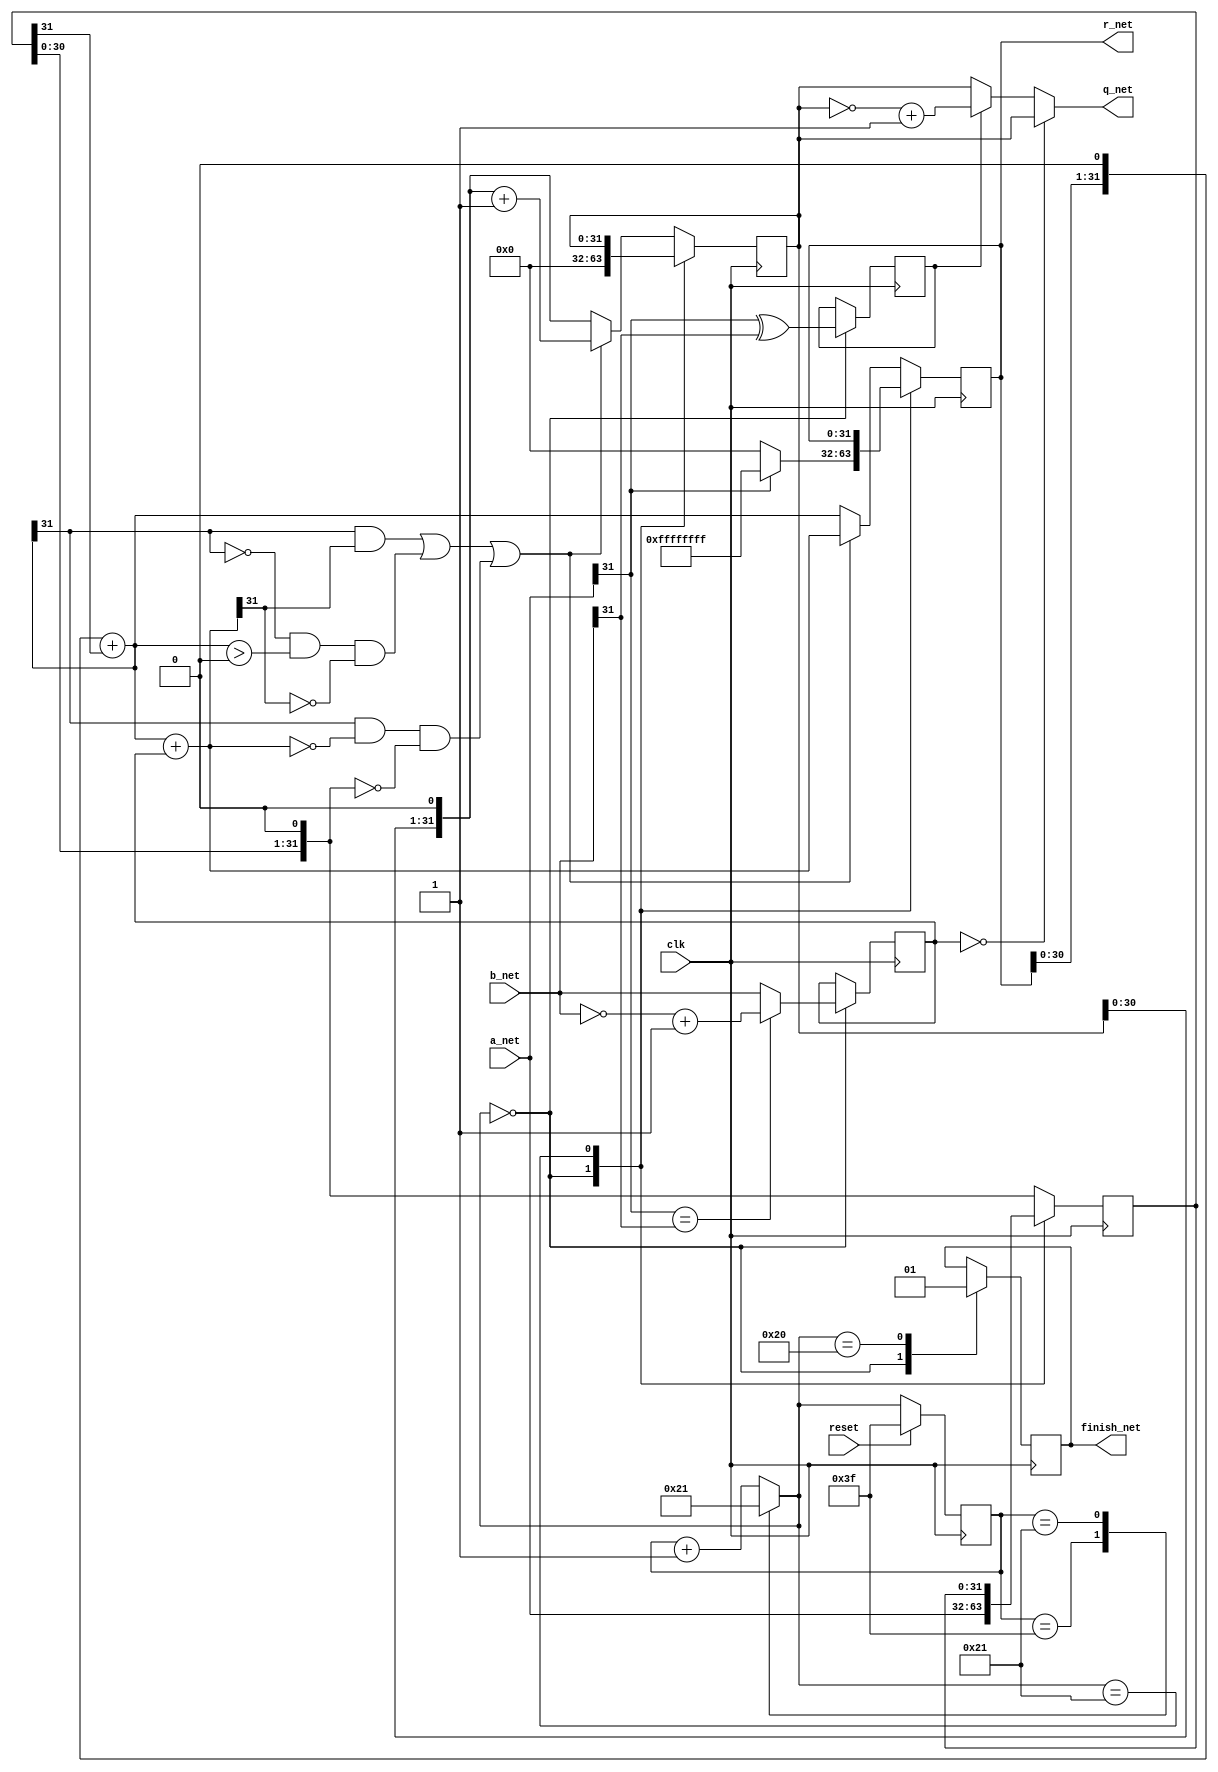
//total 34 clocks
//3-34
//34finish1

module div_I_32(
	input wire clk,
	input wire [31:0] a_net,
	input wire [31:0] b_net,
	input wire reset,
	output wire [31:0] q_net,
	output wire [31:0] r_net,
	output wire finish_net
);
	reg [31:0] a;//divident
	reg [31:0] b;//divisor
	reg [31:0] q;//quotient
	reg [31:0] r;//remainder
	reg finish;
	reg [5:0] cur_state;
	reg [5:0] next_state;

	always @(posedge clk) begin
		if(reset == 1) begin
			cur_state <= 6'h3f;
		end
		else begin
			cur_state <= next_state;
		end
	end

	always @(*) begin
		case(cur_state)
			6'h3f: next_state = 0;
			33: next_state = 33;
			default: next_state = cur_state + 1;
		endcase
	end

	reg sign_result;

	wire [31:0] r1;
	assign r1 = (r<<1)+a[31];
	wire s1;//sign_before
	assign s1 = r1[31];
	wire s2;//sign_after
	wire [31:0] r1_add_b = r1 + b;
	assign s2 = r1_add_b[31];
	wire condition;//whether can sub
	assign condition = (s1 == 1 && s2 == 1 || s1 == 0 && r1 > 0 && s2 == 0 ||s1 == 1 && r1_add_b == 0 && a<<1 == 0);

	always @(posedge clk) begin
		case(next_state)
			0: begin
				q <= 0;
				a <= a_net;
				b <= (a_net[31] == b_net[31] ? (~b_net+1) : b_net);
				r <= (a_net[31] == 0 ? 32'b0 : 32'hffffffff);
				sign_result <= a_net[31] ^ b_net[31];
				finish <= 0;
			end
			32: begin
				if(condition) begin
					q <= (q<<1)+1;
					r <= r1 + b;
				end
				else begin
					q <= (q<<1);
					r <= r1;
				end
				a = a << 1;
				finish <= 1;
			end
			33: ;
			default: begin
				if(condition) begin
					q <= (q<<1)+1;
					r <= r1 + b;
				end
				else begin
					q <= (q<<1);
					r <= r1;
				end
				a = a << 1;
			end
		endcase
	end

	assign q_net = (b == 0 ? q : (sign_result == 0 ? q : (~q + 1)));
	assign r_net = r;
	assign finish_net = finish;

endmodule